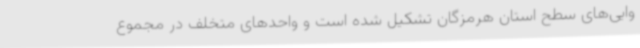
وایی‌های سطح استان هرمزگان تشکیل شده است و واحدهای متخلف در مجموع